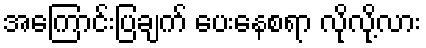
အကြောင်းပြချက် ပေးနေစရာ လိုလို့လား